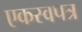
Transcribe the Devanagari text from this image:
एकस्वपत्र